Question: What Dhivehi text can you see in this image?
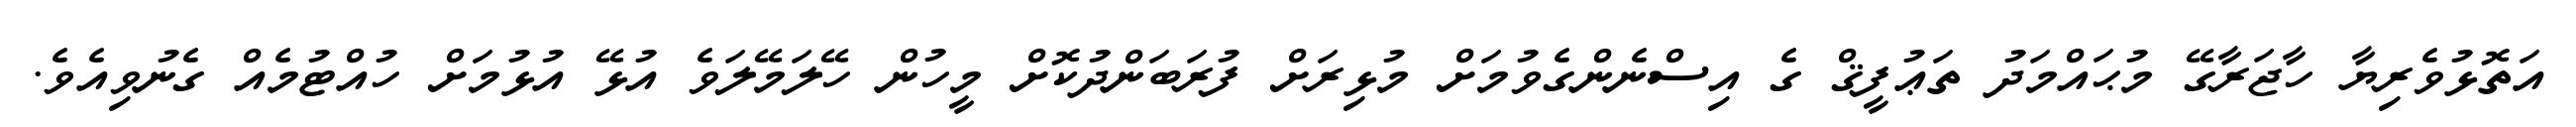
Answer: އަތޮޅުވެރިޔާ ހާޖަރާގޭ މުޙައްމަދު ތަޢުފީޤް ގެ އިސްނެންގެވުމަށް މުޅިރަށް ފުރަބަންދުކޮށް މީހުން ހޭލަމޭލަވެ އުޅޭ އުޅުމަށް ހުއްޓުމެއް ގެނުވިއެވެ.